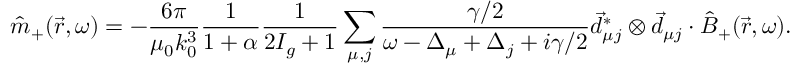
\hat { m } _ { + } ( \vec { r } , \omega ) = - \frac { 6 \pi } { \mu _ { 0 } k _ { 0 } ^ { 3 } } \frac { 1 } { 1 + \alpha } \frac { 1 } { 2 I _ { g } + 1 } \sum _ { \mu , j } \frac { \gamma / 2 } { \omega - \Delta _ { \mu } + \Delta _ { j } + i \gamma / 2 } \vec { d } _ { \mu j } ^ { * } \otimes \vec { d } _ { \mu j } \cdot \hat { B } _ { + } ( \vec { r } , \omega ) .